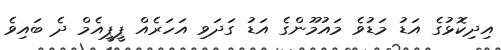
އިދިކޮޅުގެ އަޑު މަޑުވެ މައުމޫންގެ އަޑު ގަދަވި އަހަރެއް ޕީޕީއެމް ދެ ބައިވެ